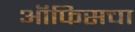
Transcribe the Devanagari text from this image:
ऑफिसचा